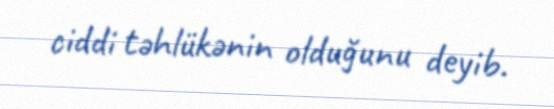
ciddi təhlükənin olduğunu deyib.